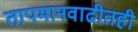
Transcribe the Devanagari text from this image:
तापमानवाढीतही